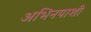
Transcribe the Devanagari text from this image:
अभिनयाशी